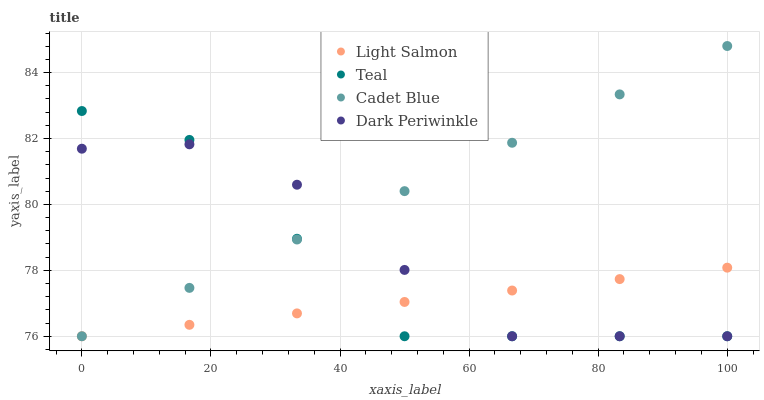
| xaxis_label | Light Salmon | Teal | Cadet Blue | Dark Periwinkle |
 | --- | --- | --- | --- | --- |
 | 0 | 76 | 82.8 | 76 | 81.7 |
 | 16.7 | 76.3 | 82 | 77.5 | 81.8 |
 | 33.3 | 76.7 | 79 | 78.9 | 80.6 |
 | 50 | 77 | 76 | 80.4 | 78 |
 | 66.7 | 77.4 | 76 | 81.9 | 76 |
 | 83.3 | 77.7 | 76 | 83.3 | 76 |
 | 100 | 78.1 | 76 | 84.8 | 76 |